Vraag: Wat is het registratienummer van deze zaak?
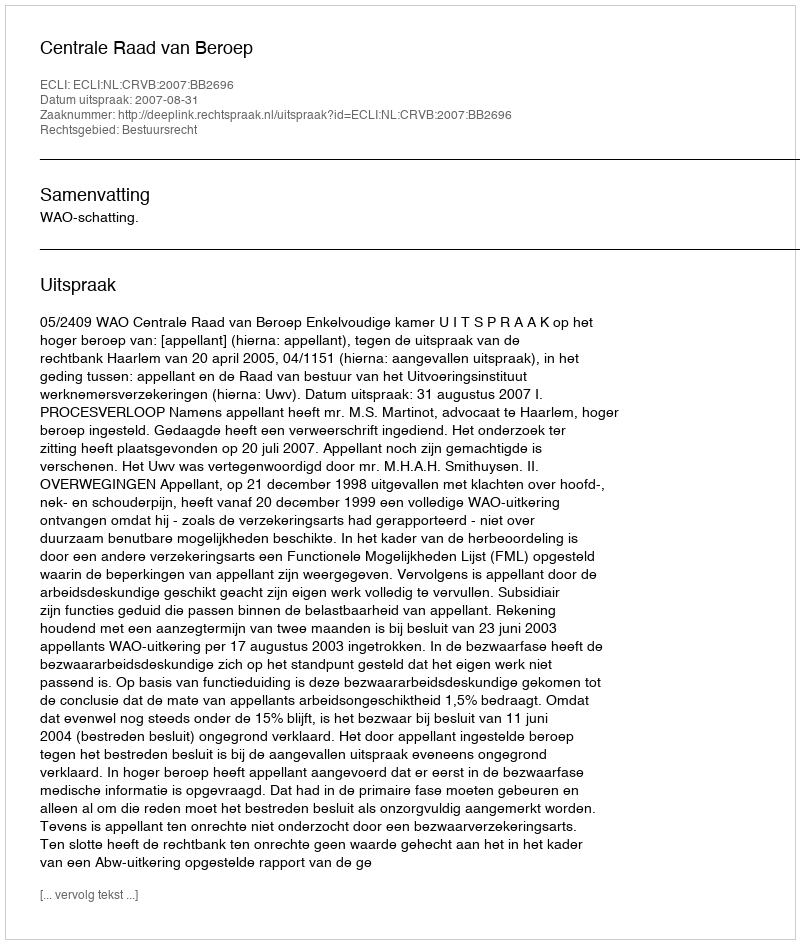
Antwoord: http://deeplink.rechtspraak.nl/uitspraak?id=ECLI:NL:CRVB:2007:BB2696